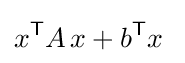
x^{\mathsf {T}}A\,x+b^{\mathsf {T}}x\;